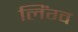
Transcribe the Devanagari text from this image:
लिंग्व